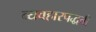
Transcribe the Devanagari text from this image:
व्यवहारपद्धती